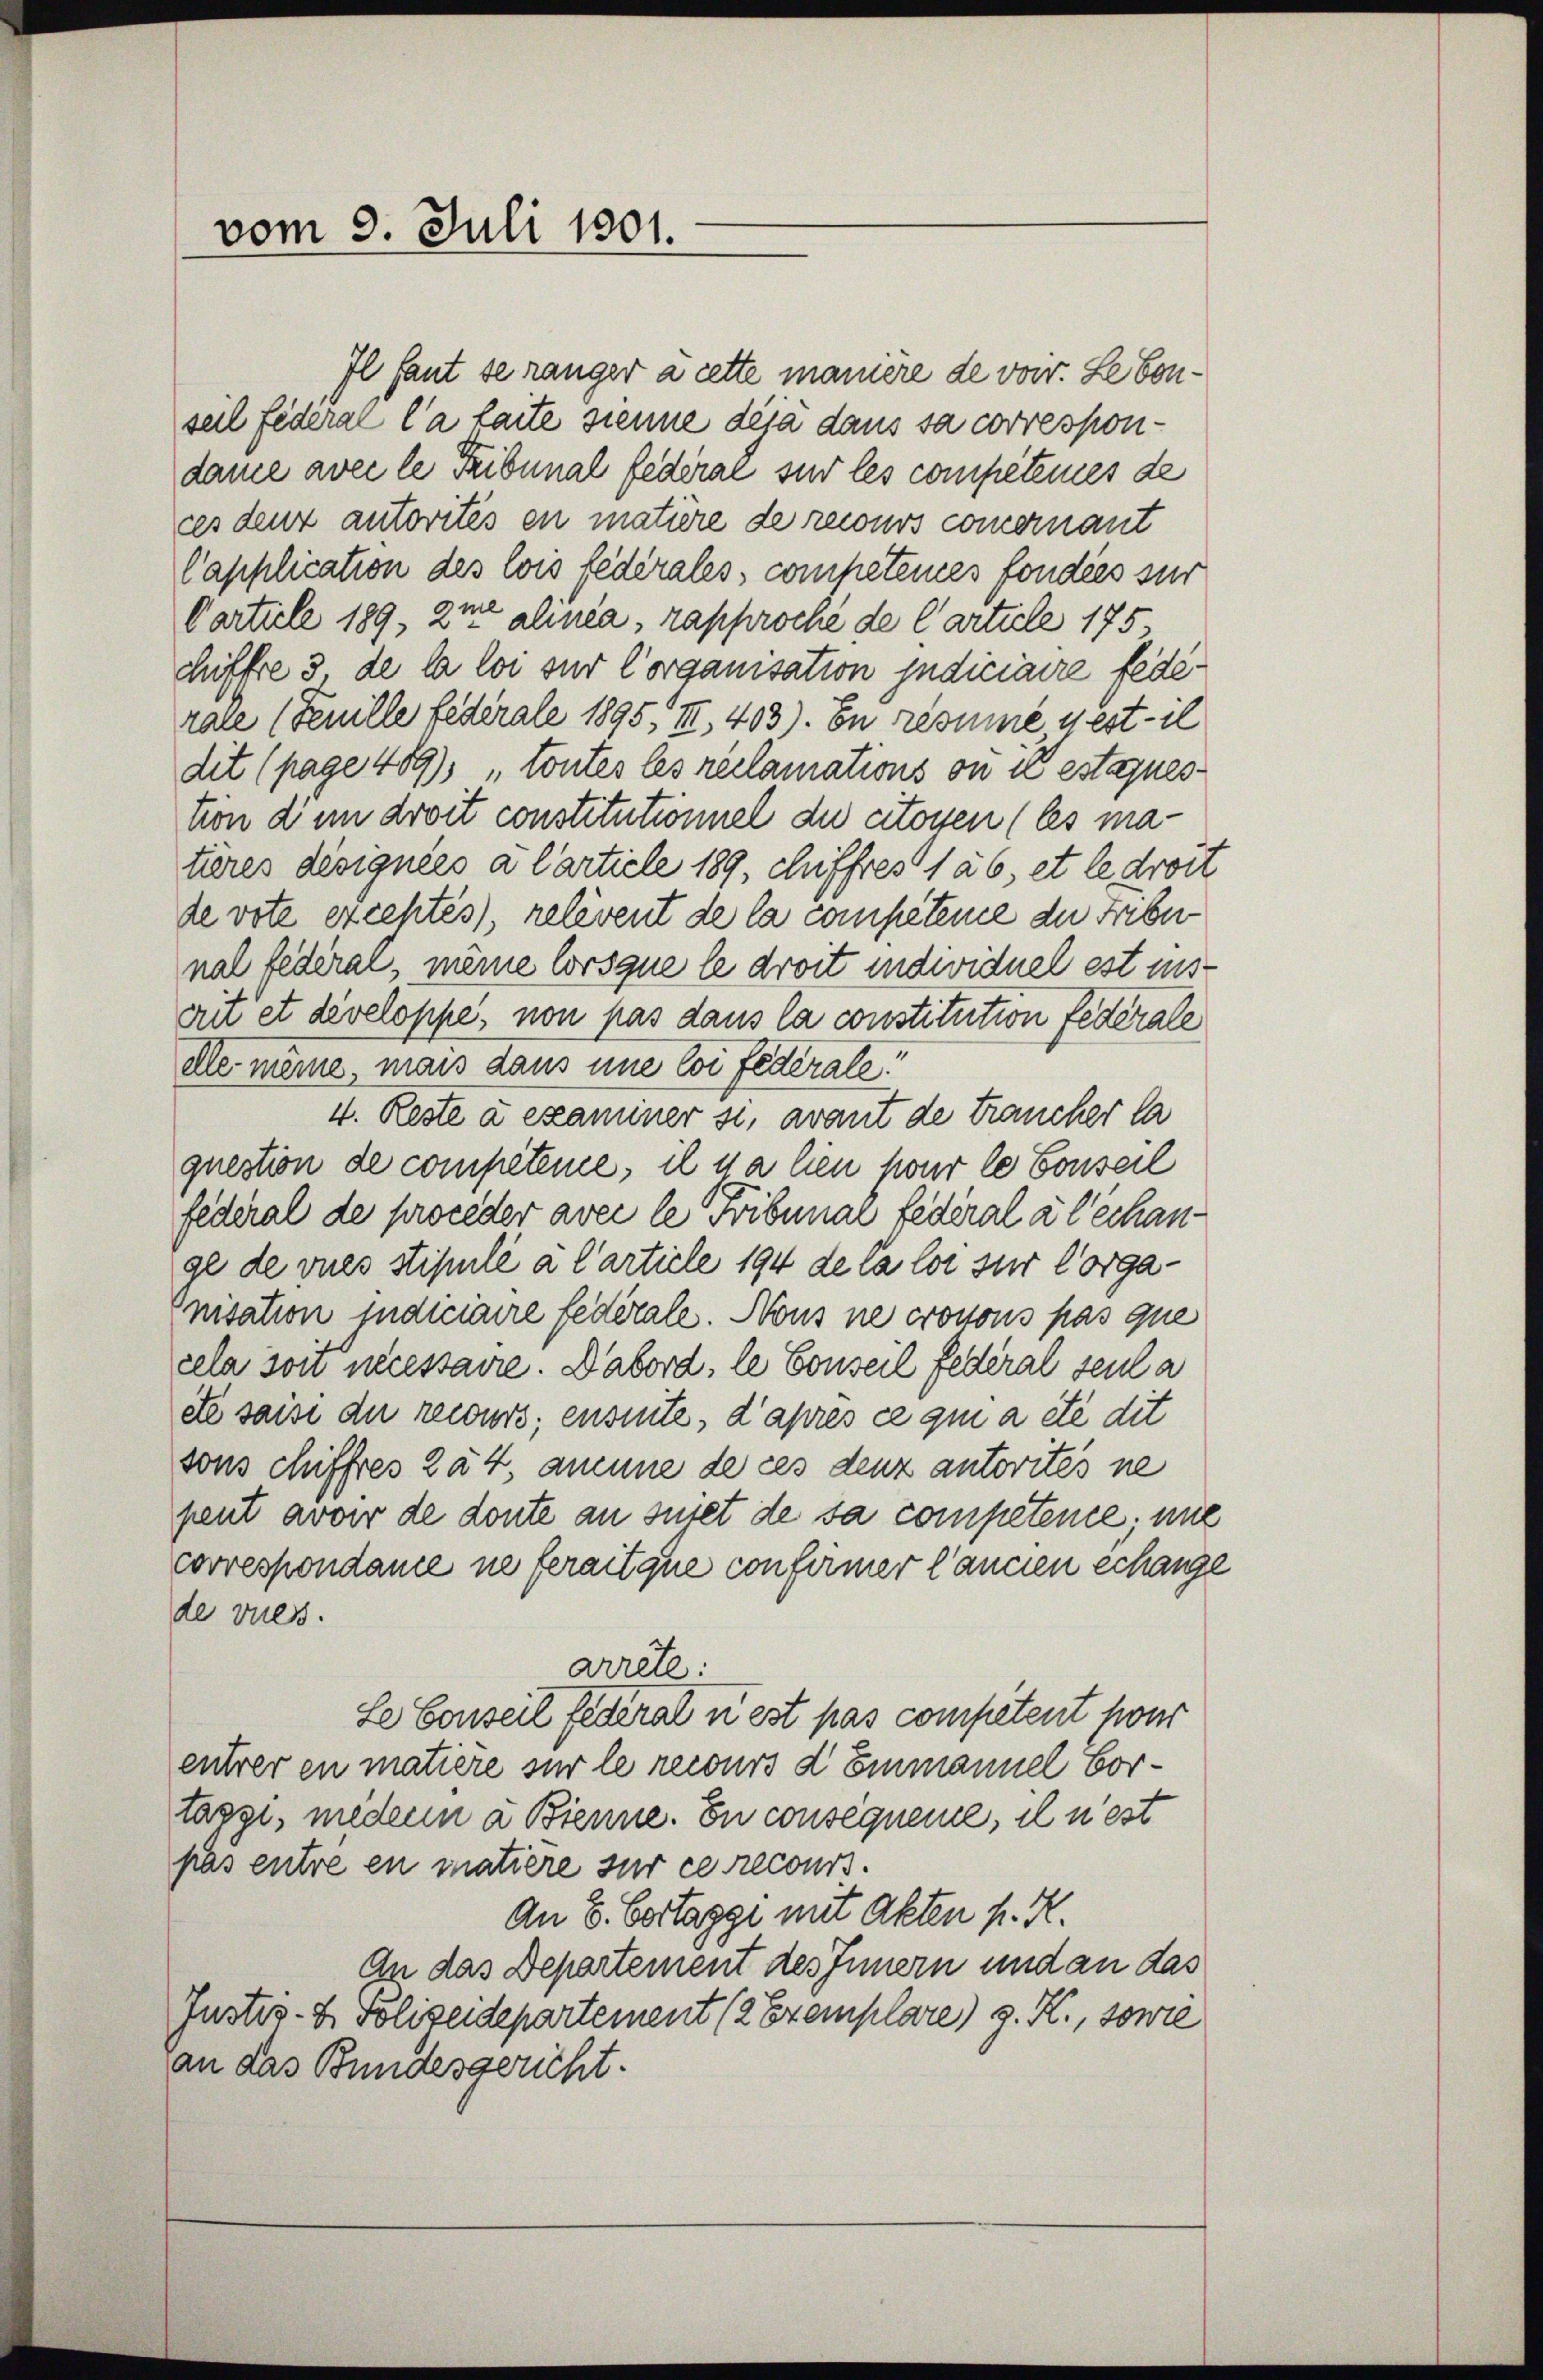
vom 9. Juli 1801.

Il faut se ranger à cette manière de voir. Le bonseil federal la faite sienne déjà dans sa correspondame avec le Tribunal federae sur les competenes de
ces denn autorités en mature de recours commernant
Capplication des lois lederales, competenes fonders zur
Cartuli 189, 2me alinea, rapproche de Carticle 175.
chiffre 3 de la loi sur Corganisation judiciaire fede
rare (Feuille Lederale 1895, II, 403). En résume nestil
dit (page 489), toutes les reclamations ou il estaques
tion dem droit constitutionnel du citoyen (les matieres désignées a Carticle 189, chiffres 1 ab, et le droit
de vote exceptés), relevent de la competene die Febernal fédéral, meine lorsque le droit individuel est insritet développe, non pas dans la constitution federale
dle meine, mais dans une coi fédérale
4. Reste à examiner si, avant de traucher la
question de competene, il y a lien pour le Conseil
federal de proceder avec le Tribunar federal a l’échange de vues stipulé à l’article 194 de la lor zur Corganisation indiciaire fédérale. Nons ne cronons pas que
cela soit niessaire. Dabord, le Conseil Federal seul a
ete saisi die recurs; ensuite, d’après ce qui a été dit
sons chiffres 224, aneine de ces denz autorites ne
peut avoir de doute an sutet de sa competente, mit
correspondame ne feraitque confirmer l’ancien echange
de vues.
arrete:
Le Conseil feder an est pas competent pour
entrer en matière sur le recours d Einmannel Vortaggi, medern a Bienne. En consequeme, il n’est
pas entre en matiere sur ce recours
An 8. Bertaggi mit Akten h. R.
An das Departement des Innern und an das
Justiz- & Polizeidepartement (2 Exemplare) g. K., sowie
an das Bundesgericht.